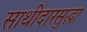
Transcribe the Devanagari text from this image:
साथीदारसुद्धा